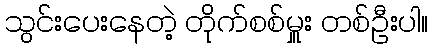
သွင်းပေးနေတဲ့ တိုက်စစ်မှူး တစ်ဦးပါ။